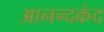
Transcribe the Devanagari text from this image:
आनन्‍दकंद